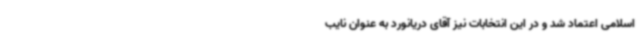
اسلامی اعتماد شد و در این انتخابات نیز آقای دریانورد به عنوان نایب